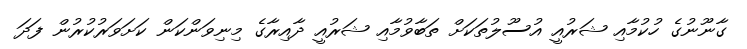
ގާނޫނުގެ ހުކުމާއި ޝަރުއީ އުސޫލުތަކަށް ތަބާވުމާއި ޝަރުއީ ދާއިރާގެ މިނިވަންކަން ކަށަވަރުކުރުން ފަދަ